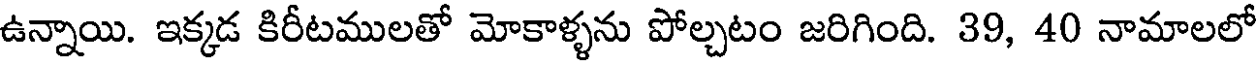
ఉన్నాయి. ఇక్కడ కిరీటములతో మోకాళ్ళను పోల్చటం జరిగింది. 39, 40 నామాలలో